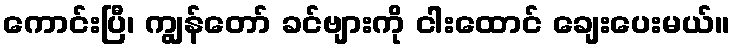
ကောင်းပြီ၊ ကျွန်တော် ခင်ဗျားကို ငါးထောင် ချေးပေးမယ်။